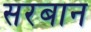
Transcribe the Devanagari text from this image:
सरबान